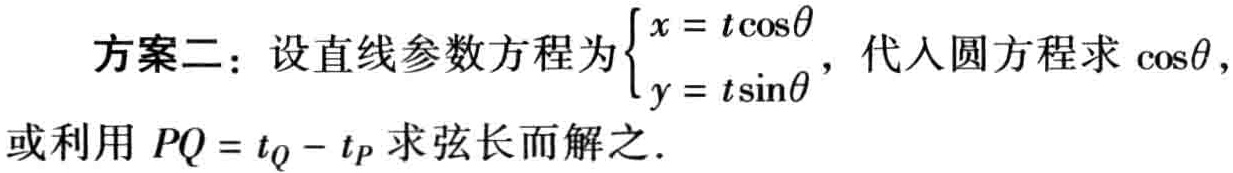
方案二：设直线参数方程为\(\begin{cases}x = t\cos\theta\\y = t\sin\theta\end{cases}\)，代入圆方程求 \(\cos\theta\)，或利用 \(PQ = t_Q - t_P\) 求弦长而解之.